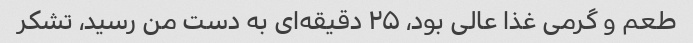
طعم و گرمی غذا عالی بود، ۲۵ دقیقه‌ای به دست من رسید، تشکر